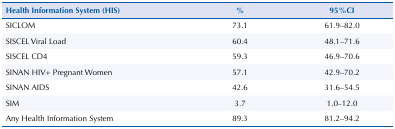
| Health Information System (HIS) | % | 95%CI |
 | --- | --- | --- |
 | SICLOM | 73.1 | 61.9–82.0 |
 | SISCEL Viral Load | 60.4 | 48.1–71.6 |
 | SISCEL CD4 | 59.3 | 46.9–70.6 |
 | SINAN HIV+ Pregnant Women | 57.1 | 42.9–70.2 |
 | SINAN AIDS | 42.6 | 31.6–54.5 |
 | SIM | 3.7 | 1.0–12.0 |
 | Any Health Information System | 89.3 | 81.2–94.2 |